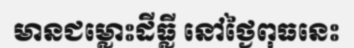
មានជម្លោះដីធ្លី នៅថ្ងៃពុធនេះ